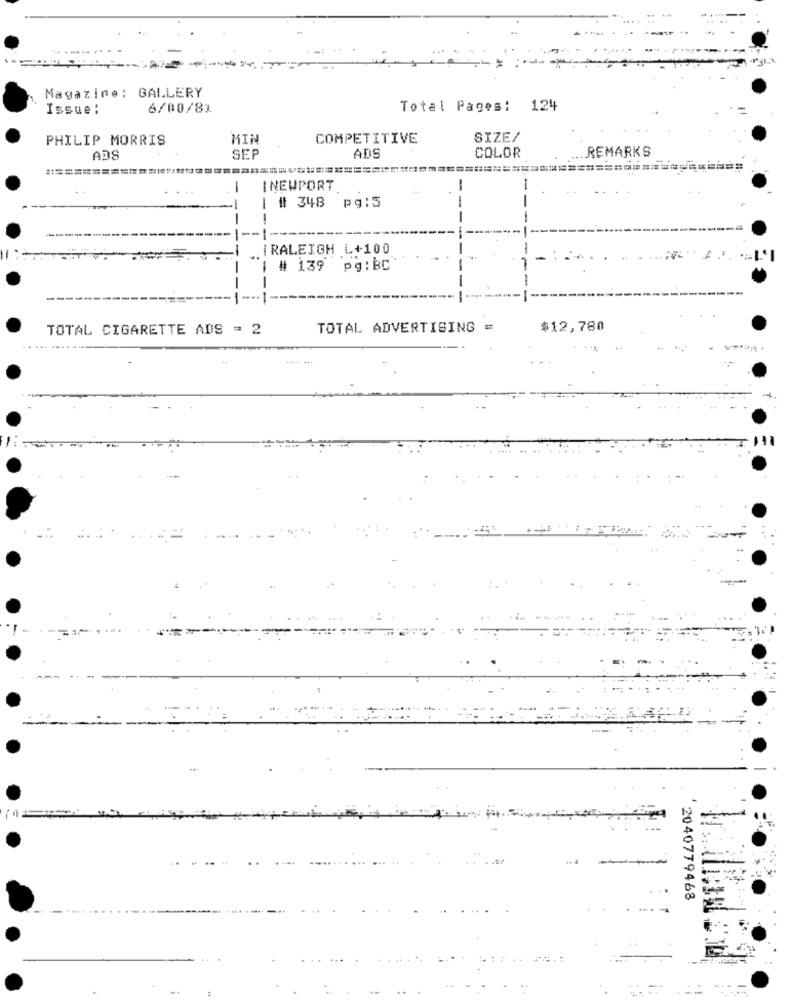
Magazine: GALLERY
Issue:
6/00/81
Total Pages: 124
PHILIP MORRIS
MIN
COMPETITIVE
SIZE/
ADS
REMARKS
ADS
SEF
COLOR
===========
I NEWPORT
# 348 pg:5
IRALEIGH L+100
| # 139 pg:BC
----
TOTAL CIGARETTE ADS = 2
TOTAL ADVERTISING =
$12,780
..
2040779468